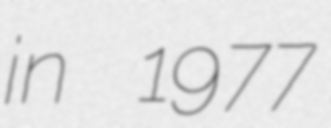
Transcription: in 1977